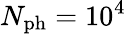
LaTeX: N_{\mathrm{ph}}=10^{4}